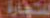
التجارة